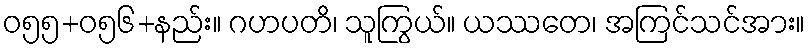
ဝ၅၅+၀၅၆+နည်း။ ဂဟပတိ၊ သူကြွယ်။ ယဿတေ၊ အကြင်သင်အား။